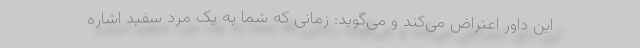
این داور اعتراض می‌کند و می‌گوید: زمانی که شما به یک مرد سفید اشاره